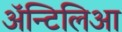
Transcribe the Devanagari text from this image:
अॅन्टिलिआ